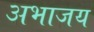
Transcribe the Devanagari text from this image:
अभाजय